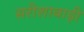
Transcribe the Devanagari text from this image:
सरीशाबाड़ी